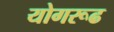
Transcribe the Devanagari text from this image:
योगरूढ